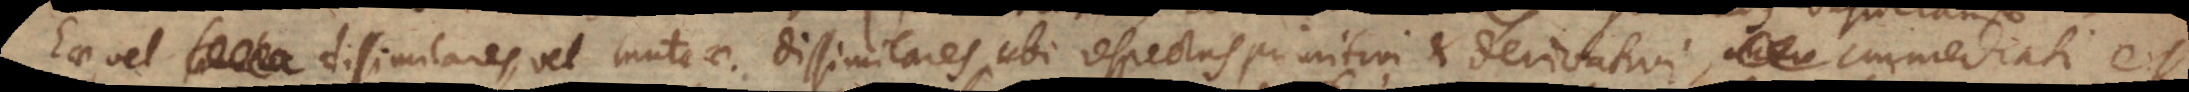
Eae vel simila dissimilares, vel mutuae. Dissimilares, ubi respectus primitivi et derivativi, immediati et